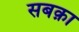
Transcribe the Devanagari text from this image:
सबक़ा